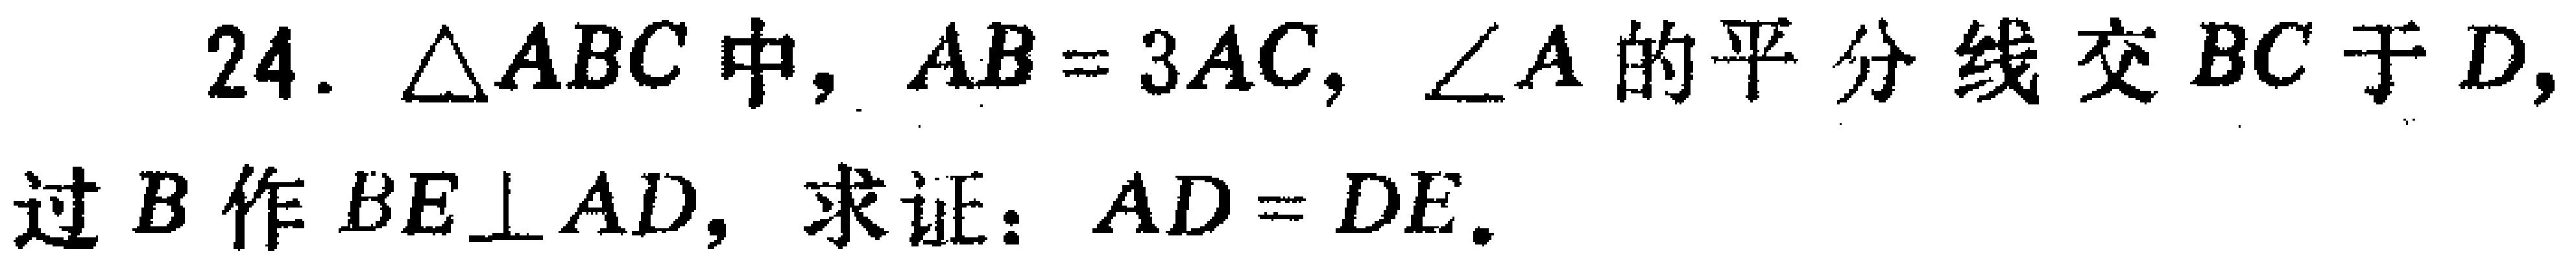
24. $\triangle ABC$中，$AB = 3AC$，$\angle A$的平分线交$BC$于$D$，过$B$作$BE\perp AD$，求证：$AD = DE$.